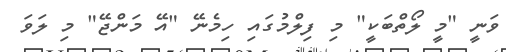
ވަނީ "މީ ލޯތްބަކީ" މި ފިލްމުގައި ހިމެނޭ "އޭ މަންޖޭ" މި ލަވަ